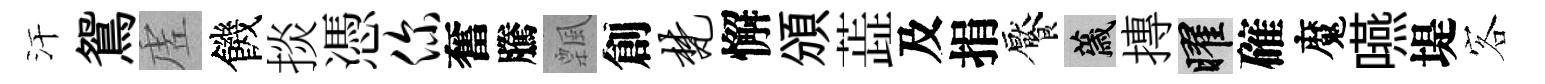
汗鴛虗饑掞憑你奮騰飄創梵懈頒蕋及捐饜薉摶曜確魔嚥堤客